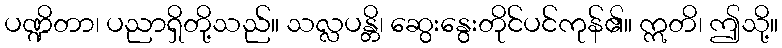
ပဏ္ဍိတာ၊ ပညာရှိတို့သည်။ သလ္လပန္တိ၊ ဆွေးနွေးတိုင်ပင်ကုန်၏။ ဣတိ၊ ဤသို့။